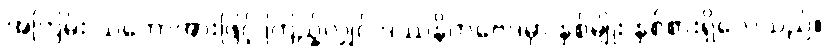
အကြမ်း သဘောအားဖြင့် ကြည့်လျှင် ဒဿနိကဗေဒမှာ နှစ်မျိုး နှစ်စားရှိလေသည်။